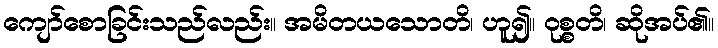
ကျော်စောခြင်းသည်လည်း။ အမိတယသောတိ၊ ဟူ၍။ ဝုစ္စတိ၊ ဆိုအပ်၏။